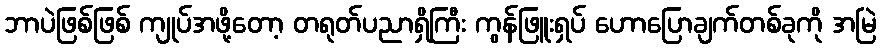
ဘာပဲဖြစ်ဖြစ် ကျုပ်အဖို့တော့ တရုတ်ပညာရှိကြီး ကွန်ဖြူးရှပ် ဟောပြောချက်တစ်ခုကို အမြဲ